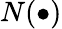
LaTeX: N(\bullet)